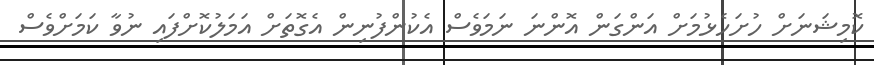
ކޮމިޝަނަށް ހުށަހެޅުމަށް އަންގަން އޮންނަ ނަމަވެސް އެކުންފުނިން އެގޮތަށް އަމަލުކޮށްފައި ނުވާ ކަމަށްވެސް